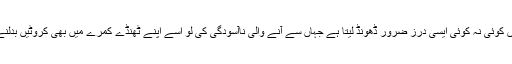
ہر انسان اپنی زندگی میں کوئی نہ کوئی ایسی درز ضرور ڈھونڈ لیتا ہے جہاں سے آنے والی ناآسودگی کی لُو اُسے اپنے ٹھنڈے کمرے میں بھی کروٹیں بدلنے پرمجبُور کردیتی ہے۔